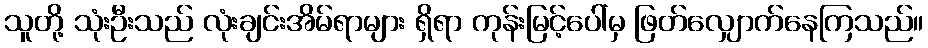
သူတို့ သုံးဦးသည် လုံးချင်းအိမ်ရာများ ရှိရာ ကုန်းမြင့်ပေါ်မှ ဖြတ်လျှောက်နေကြသည်။